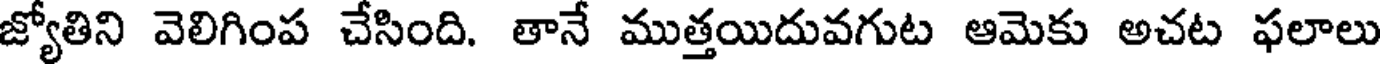
జ్యోతిని వెలిగింప చేసింది. తానే ముత్తయిదువగుట ఆమెకు అచట ఫలాలు